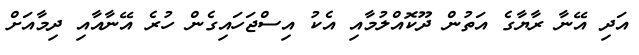
އަދި އޭނާ ރާޔާގެ އަތުން ދޫކޮއްލުމާއި އެކު އިސްޖަހައިގެން ހުރެ އޭނާއާއި ދިމާއަށް